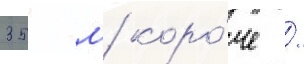
35 м коро́че /